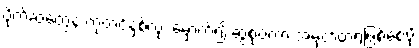
ပိုက်ဆံတွေနဲ့ ကုတင်နှစ်လုံး မှောက်၍ ဆွဲစုပ်ကာ အမှတ်တရဖြစ်စေဖို့